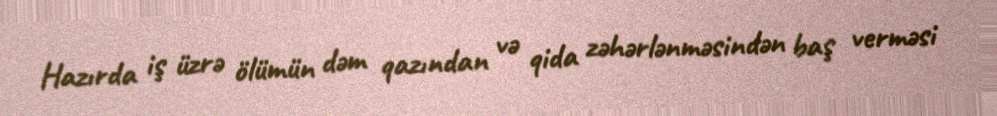
Hazırda iş üzrə ölümün dəm qazından və qida zəhərlənməsindən baş verməsi